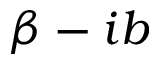
\beta - i b